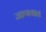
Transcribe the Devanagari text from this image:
जाणवात